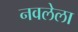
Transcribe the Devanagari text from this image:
नवलेला